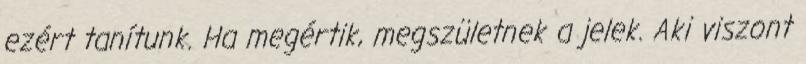
ezért tanítunk. Ha megértik, megszületnek a jelek. Aki viszont